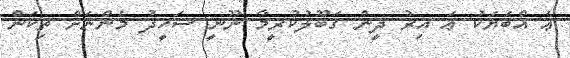
ޢެ އްބަޔަކު ޢަ އިރު ދީން ގަބޫލުކުރީމާ ނޫނީ ސަހީދު މެންނަށް ތިކަން